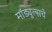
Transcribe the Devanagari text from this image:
मॉड्युल्सचे